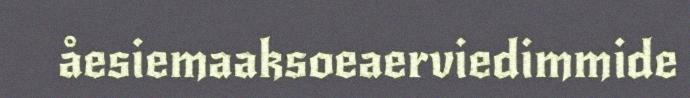
åesiemaaksoeaerviedimmide